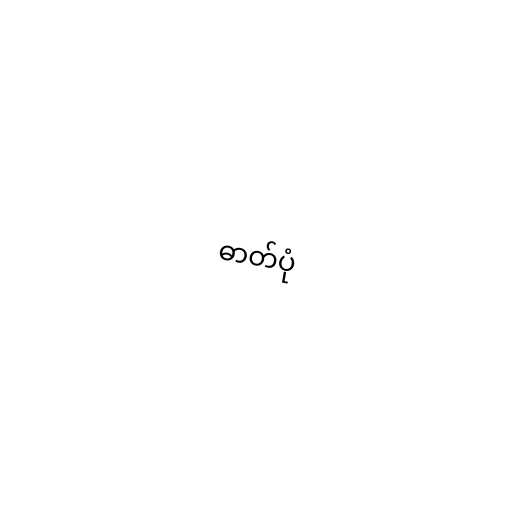
ဓာတ်ပုံ